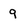
Character: 9